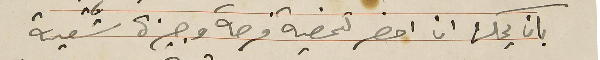
بان يمكن ان احضر لتمضية فرصة وجيزة شقية